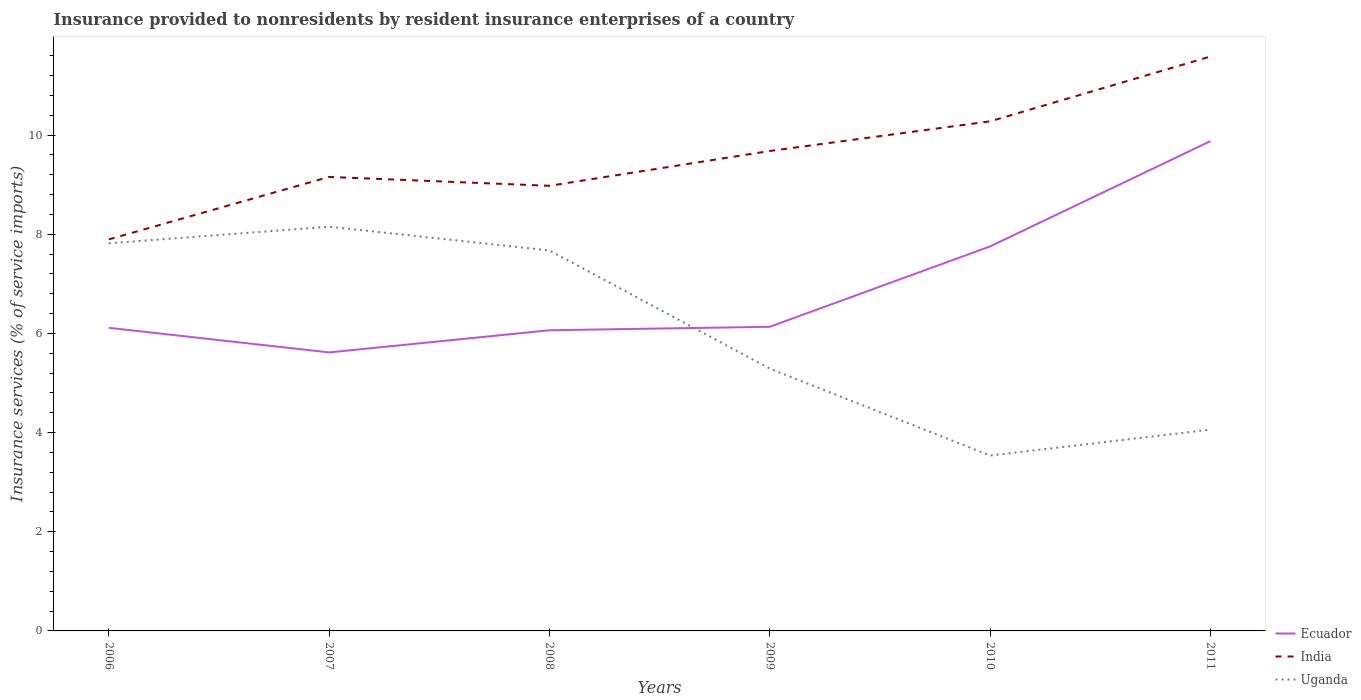
| Years | Ecuador | India | Uganda |
 | --- | --- | --- | --- |
 | 2006 | 6.11 | 7.9 | 7.82 |
 | 2007 | 5.62 | 9.16 | 8.15 |
 | 2008 | 6.06 | 8.98 | 7.67 |
 | 2009 | 6.13 | 9.68 | 5.29 |
 | 2010 | 7.76 | 10.3 | 3.54 |
 | 2011 | 9.88 | 11.6 | 4.06 |